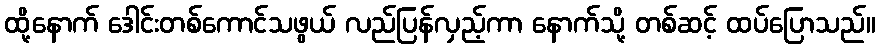
ထို့နောက် ဒေါင်းတစ်ကောင်သဖွယ် လည်ပြန်လှည့်ကာ နောက်သို့ တစ်ဆင့် ထပ်ပြောသည်။